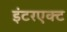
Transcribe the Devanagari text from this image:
इंटरएक्ट